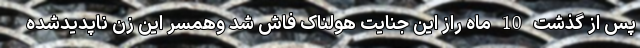
پس از گذشت 10 ماه راز این جنایت هولناک فاش شد وهمسر این زن ناپدیدشده